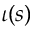
\iota ( s )